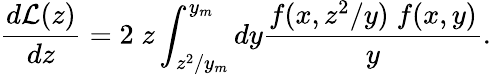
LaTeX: \frac{d{\cal L}(z)}{dz}=2\; z\int_{z^{2}/y_{m}}^{y_{m}}dy\frac{f(x,z^{2}/y)\; f(x,y)}{y}.